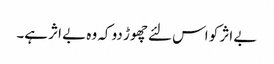
بے اثر کو اس لئے چھوڑ دو کہ وہ بے اثر ہے۔